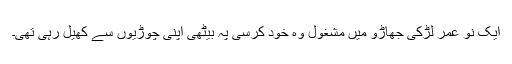
ایک نو عمر لڑکی جھاڑو میں مشغول وہ خود کرسی پہ بیٹھی اپنی چوڑیوں سے کھیل رہی تھی۔